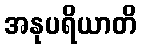
အနုပရိယာတိ